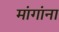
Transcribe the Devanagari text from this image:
मांगांना